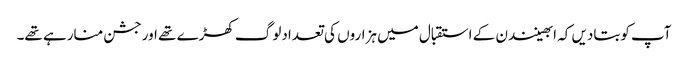
آپ کوبتادیں کہ ابھینندن کے استقبال میں ہزاروں کی تعدادلوگ کھڑے تھے اورجشن منارہے تھے۔